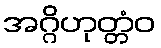
အဂ္ဂိဟုတ္တံဝ